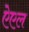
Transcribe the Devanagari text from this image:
ऐएल